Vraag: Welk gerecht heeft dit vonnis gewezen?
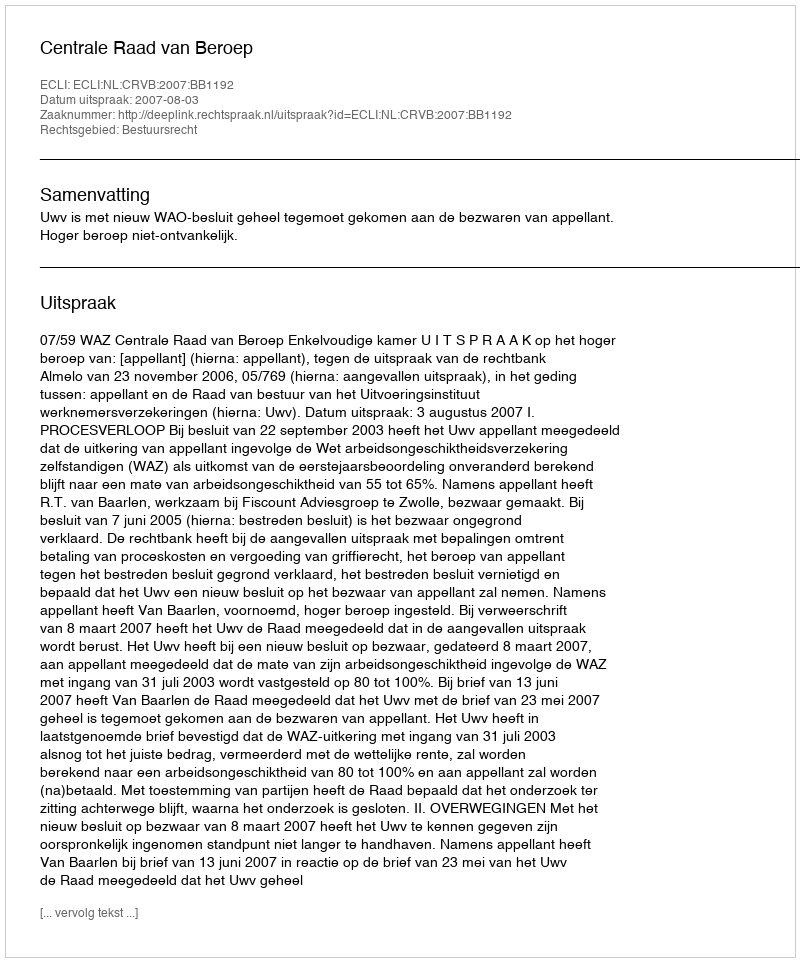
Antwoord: Centrale Raad van Beroep